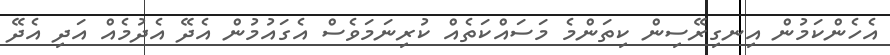
އެހެންކަމުން އިނގިރޭސިން ކިތަންމެ މަސައްކަތެއް ކުރިނަމަވެސް އެގައުމުން އެދޭ އެދުމެއް އަދި އެދޭ